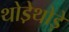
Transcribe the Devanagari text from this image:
थोडे़थोड़े